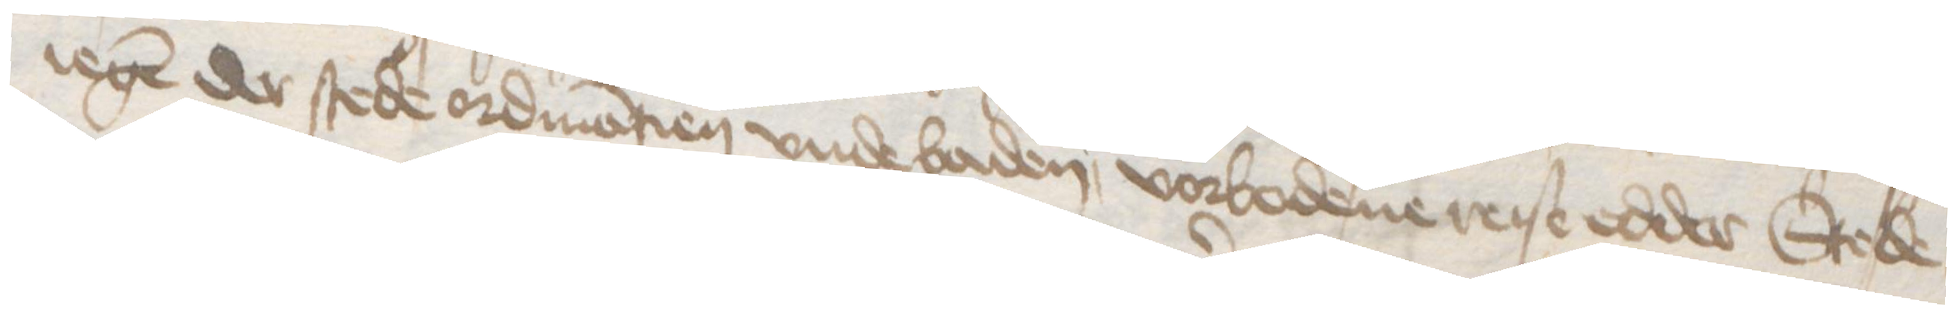
iegen der stede ordinantien vnde baden, vorbodene reise edder Stede